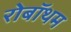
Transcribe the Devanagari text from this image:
रोबॉथम